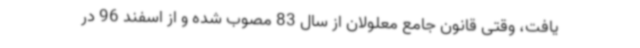
یافت، وقتی قانون جامع معلولان از سال 83 مصوب شده و از اسفند 96 در